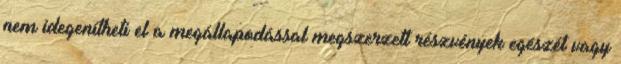
nem idegenítheti el a megállapodással megszerzett részvények egészét vagy